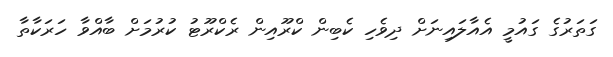
ގަތަރުގެ ގައުމީ އެއާލައިނަށް ދިވެހި ކެބިން ކްރޫއިން ރެކްރޫޓު ކުރުމަށް ބާއްވާ ހަރަކާތާ